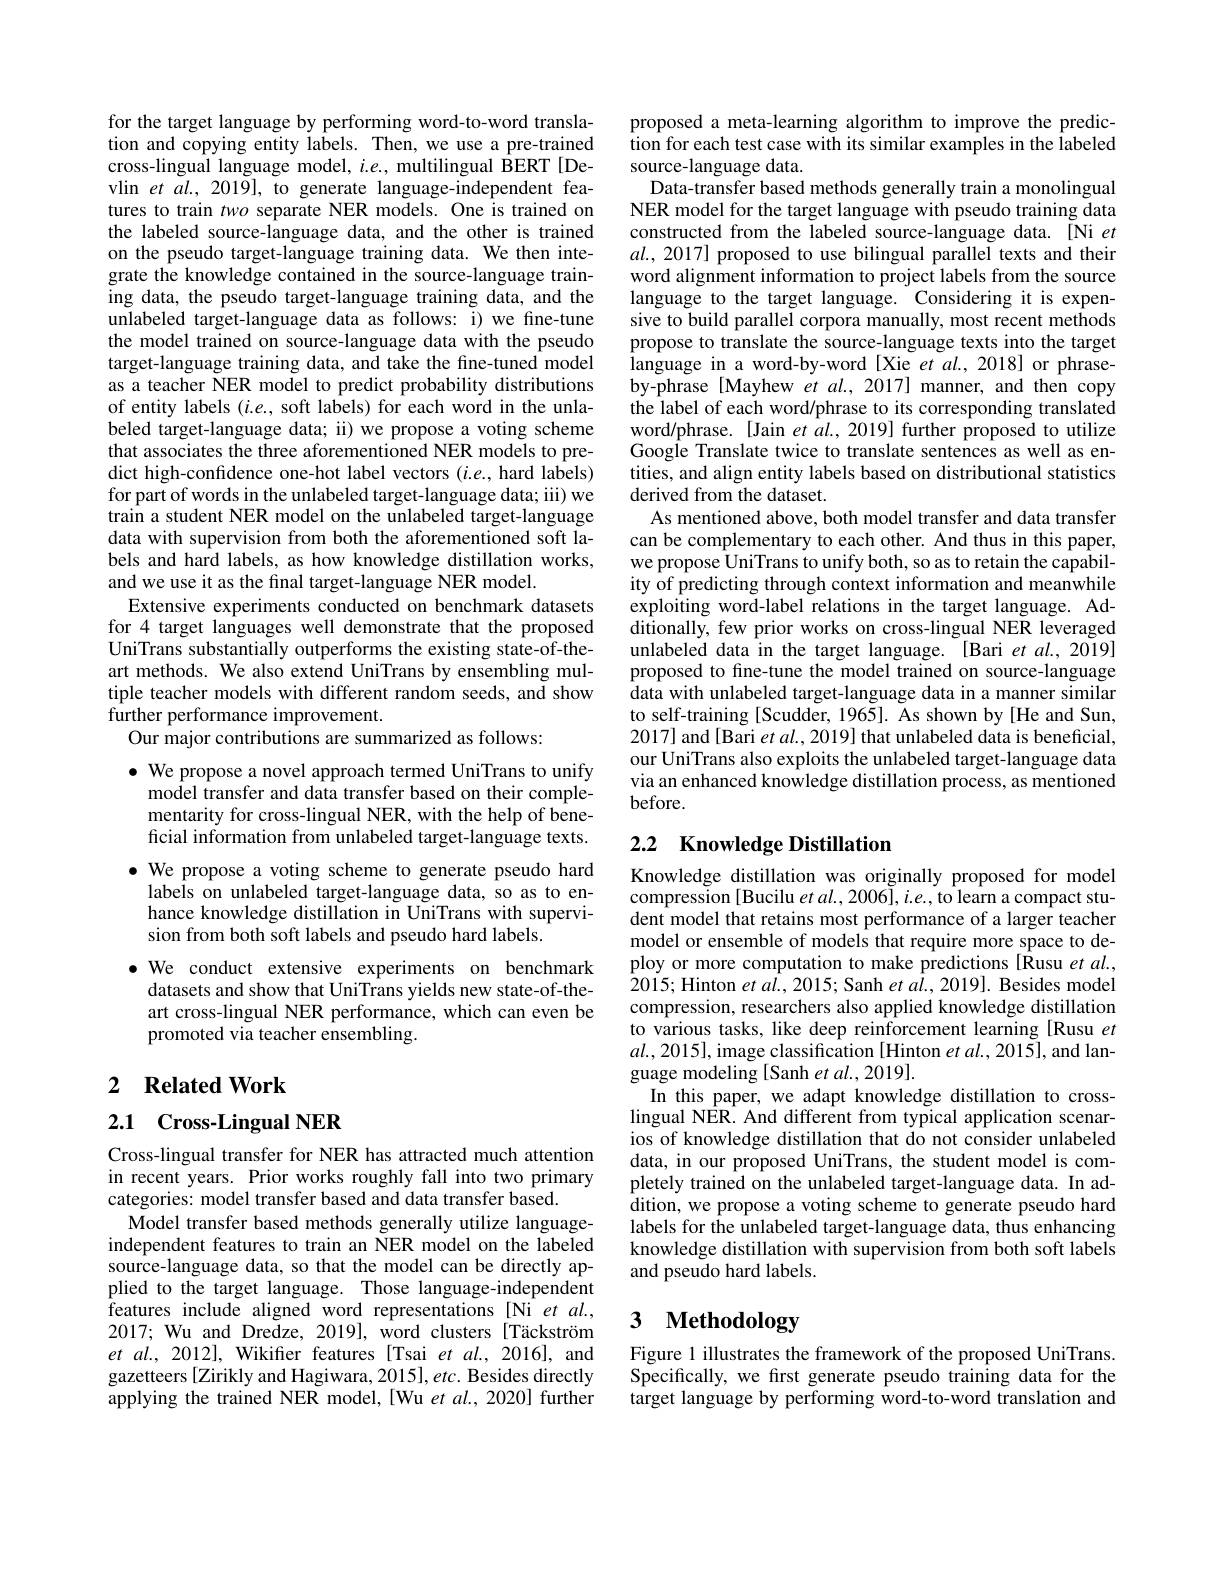
for the target language by performing word-to-word translation and copying entity labels. Then, we use a pre-trained cross-lingual language model, $i.e.$, multilingual BERT[Devlin et $al.,2019]$, to generate language-independent features to train two separate NER models. One is trained on the labeled source-language data, and the other is trained on the pseudo target-language training data. We then integrate the knowledge contained in the source-language training data, the pseudo target-language training data, and the unlabeled target-language data as follows: i) we fine-tune the model trained on source-language data with the pseudo target-language training data, and take the fine-tuned model as a teacher NER model to predict probability distributions of entity labels $(i.e.$, soft labels) for each word in the unlabeled target-language data; ii) we propose a voting scheme that associates the three aforementioned NER models to predict high-confidence one-hot label vectors $(i.e.$, hard labels) for part of words in the unlabeled target-language data; iii) we train a student NER model on the unlabeled target-language data with supervision from both the aforementioned soft labels and hard labels, as how knowledge distillation works, and we use it as the final target-language NER model.
Extensive experiments conducted on benchmark datasets for 4 target languages well demonstrate that the proposed UniTrans substantially outperforms the existing state-of-theart methods. We also extend UniTrans by ensembling multiple teacher models with different random seeds, and show further performance improvement.
Our major contributions are summarized as follows:

$\bullet$ We propose a novel approach termed UniTrans to unify
model transfer and data transfer based on their complementarity for cross-lingual NER, with the help of beneficial information from unlabeled target-language texts.
$\bullet$ We propose a voting scheme to generate pseudo hard labels on unlabeled target-language data, so as to enhance knowledge distillation in UniTrans with supervision from both soft labels and pseudo hard labels.
$\bullet$ We conduct extensive experiments on benchmark
datasets and show that UniTrans yields new state-of-theart cross-lingual NER performance, which can even be promoted via teacher ensembling.

## 2 $\textbf{Related Work}$

## 2.1 Cross-Lingual NER

Cross-lingual transfer for NER has attracted much attention in recent years. Prior works roughly fall into two primary categories: model transfer based and data transfer based.
Model transfer based methods generally utilize languageindependent features to train an NER model on the labeled source-language data, so that the model can be directly applied to the target language. Those language-independent features include aligned word representations [Ni et al., 2017; Wu and Dredze, 2019], word clusters[Täckström et al., 2012], Wikifier features [Tsai et al., 2016], and gazetteers [Zirikly and Hagiwara, 2015], etc. Besides directly applying the trained NER model,[Wu $etal.,2020]$ further

proposed a meta-learning algorithm to improve the predic- $\hat{\text{tion for each test case with its similar examples in the Îabeled}}$ source-language data.
Data-transfer based methods generally train a monolingual NER model for the target language with pseudo training data constructed from the labeled source-language data. [Ni $et$ $al.,2017]$ proposed to use bilingual parallel texts and their word alignment information to project labels from the source language to the target language. Considering it is expensive to build parallel corpora manually, most recent methods propose to translate the source-language texts into the target language in a word-by-word[Xie $et$ al.,2018] or phraseby-phrase[Mayhew et al., 2017] manner, and then copy the label of each word/phrase to its corresponding translated word/phrase. [Jain et al., 2019] further proposed to utilize Google Translate twice to translate sentences as well as entities, and align entity labels based on distributional statistics derived from the dataset.
As mentioned above, both model transfer and data transfer can be complementary to each other. And thus in this paper, we propose UniTrans to unify both, so as to retain the capability of predicting through context information and meanwhile exploiting word-label relations in the target language. Additionally, few prior works on cross-lingual NER leveraged unlabeled data in the target language. [Bari et al., 2019] proposed to fine-tune the model trained on source-language data with unlabeled target-language data in a manner similar to self-training[Scudder, 1965]. As shown by[He and Sun, 2017] and [Bari et al., 2019] that unlabeled data is beneficial, our UniTrans also exploits the unlabeled target-language data via an enhanced knowledge distillation process, as mentioned before.

# 2.2 Knowledge Distillation

Knowledge distillation was originally proposed for model compression [Bucilu $etal.,2006],i.e.$,to learn a compact student model that retains most performance of a larger teacher model or ensemble of models that require more space to deploy or more computation to make predictions [Rusu $et\textit{al. , }$ 2015; Hinton et al., 2015; Sanh et al., 2019]. Besides model compression, researchers also applied knowledge distillation to various tasks, like deep reinforcement learning [Rusu $et$ $al.,2015]$,image classification [Hinton et al., 2015], and language modeling [Sanh et $al.,2019].$
In this paper, we adapt knowledge distillation to crosslingual NER. And different from typical application scenarios of knowledge distillation that do not consider unlabeled data, in our proposed UniTrans, the student model is completely trained on the unlabeled target-language data. In addition, we propose a voting scheme to generate pseudo hard labels for the unlabeled target-language data, thus enhancing knowledge distillation with supervision from both soft labels and pseudo hard labels.

# 3 Methodology

Figure 1 illustrates the framework of the proposed UniTrans. Specifically, we first generate pseudo training data for the target language by performing word-to-word translation and